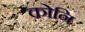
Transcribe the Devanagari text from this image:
कोनि